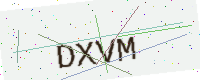
Text: DXVM